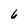
Character: 6